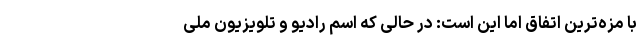
با مزه‌ترین اتفاق اما این است: در حالی که اسم رادیو و تلویزیون ملی